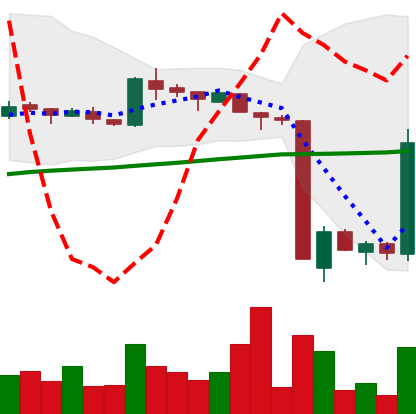
Ticker: LTC-USD
Chart end date: 2016-01-20
Forward return: -7.71%
Label: down_7plus